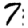
Digit: 7